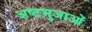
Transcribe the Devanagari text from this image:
अष्टभुजाओं